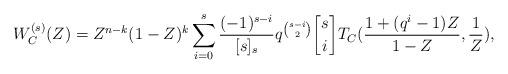
LaTeX: \begin{align*}W^{(s)}_C(Z) = Z^{n-k}(1-Z)^k \sum_{i=0}^s \frac{(-1)^{s-i}}{[s]_s} q^{{s-i \choose 2}} {s \brack i} T_C( \frac{1+(q^i-1)Z}{1-Z}, \frac{1}{Z} ),\end{align*}